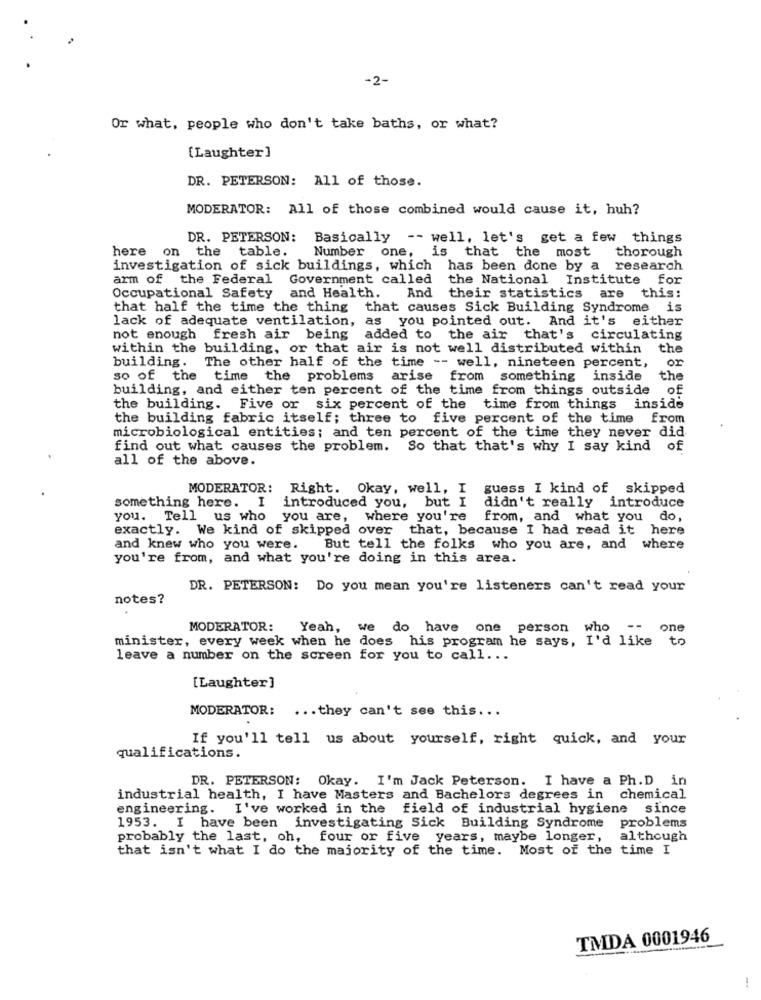
-2-
Or what, people who don't take baths, or what?
[Laughter]
DR. PETERSON: All of those.
MODERATOR: All of those combined would cause it, huh?
DR. PETERSON:
Basically
-- well, let's get a few things
here on the table.
Number one, is that the most
thorough
investigation of sick buildings, which has been done by a research
arm of the Federal
Government called the National Institute for
Occupational Safety and Health. And their statistics are this:
that half the time the thing that causes Sick Building Syndrome is
lack of adequate ventilation, as you pointed out.
And it's either
not enough fresh air being added to the air that's circulating
within the building, or that air is not well distributed within
the
or
building. The other half of the time -- well, nineteen percent,
so of the time the problems arise from something inside
the
building, and either ten percent of the time from things outside
of
the building. Five or six percent of the time from things inside
the building fabric itself; three to five percent of the time from
microbiological entities; and ten percent of the time they never did
find out what causes the problem. So that that's why I say kind of
all of the above.
MODERATOR: Right. Okay, well, I
guess I kind of skipped
something here. I introduced you, but I
didn't really introduce
you. Tell us who you are, where you're from, and what you do,
exactly. We kind of skipped over that, because I had read it here
and knew who you were.
But tell the folks who you are, and where
you're from, and what you're doing in this area.
DR. PETERSON: Do you mean you're listeners can't read your
notes?
MODERATOR:
Yeah, we do have one person
who -- one
minister, every week when he does his program he says, I'd like to
leave a number on the screen for you to call ...
[Laughter]
MODERATOR: ... they can't see this ...
If you'll tell us about yourself, right quick, and your
qualifications.
DR. PETERSON: Okay. I'm Jack Peterson. I have a Ph.D in
industrial health, I have Masters and Bachelors degrees in chemical
engineering. I've worked in the field of industrial hygiene since
1953. I have been investigating Sick Building Syndrome
problems
probably the last, oh, four or five years, maybe longer,
although
that isn't what I do the majority of the time. Most of the time I
TMDA 0001946
-.